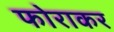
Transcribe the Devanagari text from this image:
फोराकर